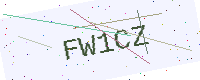
Text: FW1CZ